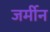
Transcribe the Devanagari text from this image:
जर्मीन